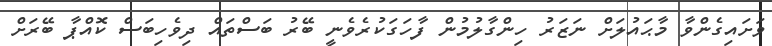
ވަށައިގެންވާ މާޙައުލަށް ނަޒަރު ހިންގާލުމުން ފާހަގަކުރެވެނީ ބޭރު ބަސްތައް ދިވެހިބަސް ކޮއްޕާ ބޭރަށް